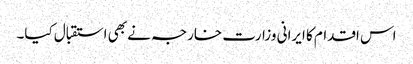
اس اقدام کا ایرانی وزارت خارجہ نے بھی استقبال کیا۔